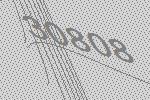
30808